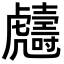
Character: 𧈙